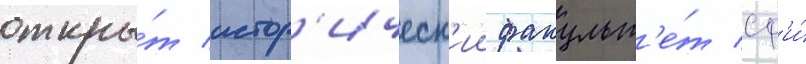
откры́т истор'ическ'ии факульт'е́т сф'и́